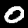
Digit: 0